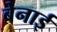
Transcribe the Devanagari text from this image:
बेनाई